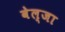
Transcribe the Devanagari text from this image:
वेल्जा